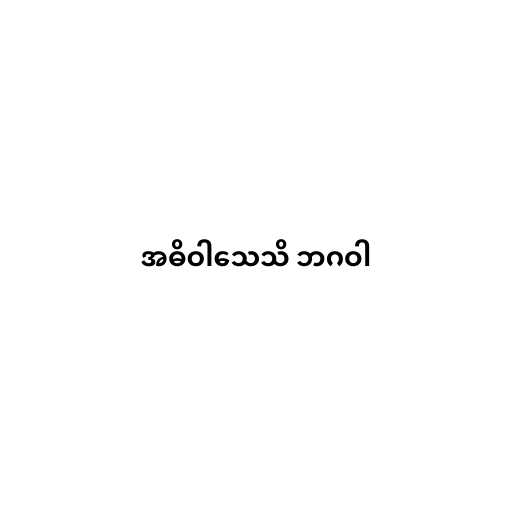
အဓိဝါသေသိ ဘဂဝါ